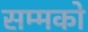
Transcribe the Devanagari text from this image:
सम्मको